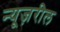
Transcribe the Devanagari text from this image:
न्यूज़रील